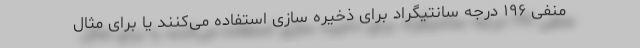
منفی ۱۹۶ درجه سانتیگراد برای ذخیره سازی استفاده می‌کنند یا برای مثال